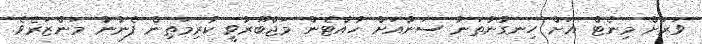
ވަރަށް މިނެޓް އަށް ހިނގުނުތަނާ ސަނާއަށް ހުއްޓެން މަޖްބޫރުވީ ކުރިމަތިން ފެނުނު މަންޒަރެވެ.